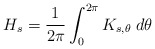
\begin{align*}H_s=\frac{1}{2\pi}\int_0^{2\pi}K_{s,\theta}\;d\theta\end{align*}